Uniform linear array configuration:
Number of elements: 8
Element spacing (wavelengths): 0.5
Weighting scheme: uniform
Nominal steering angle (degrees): -30
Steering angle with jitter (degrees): -30.316
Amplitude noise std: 0.05
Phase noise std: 0.05

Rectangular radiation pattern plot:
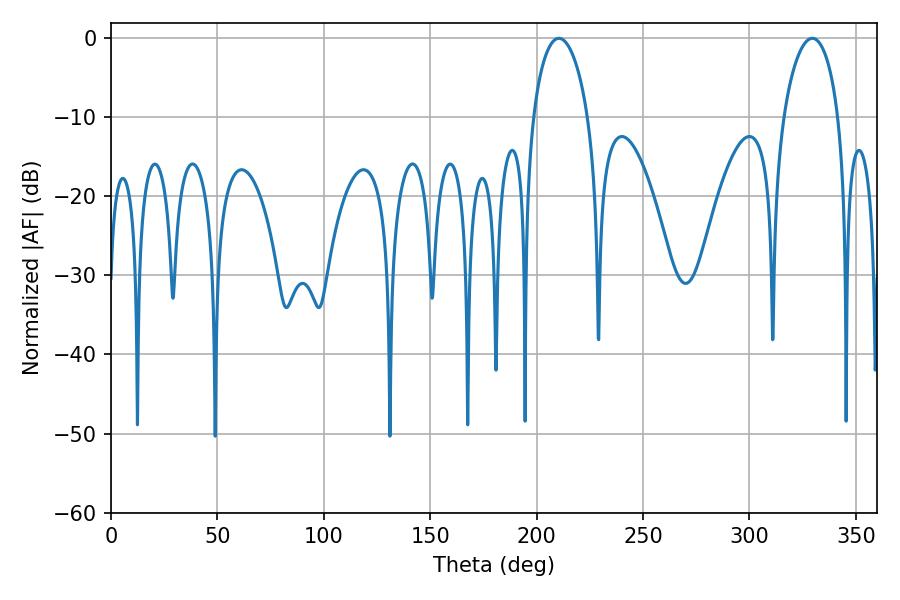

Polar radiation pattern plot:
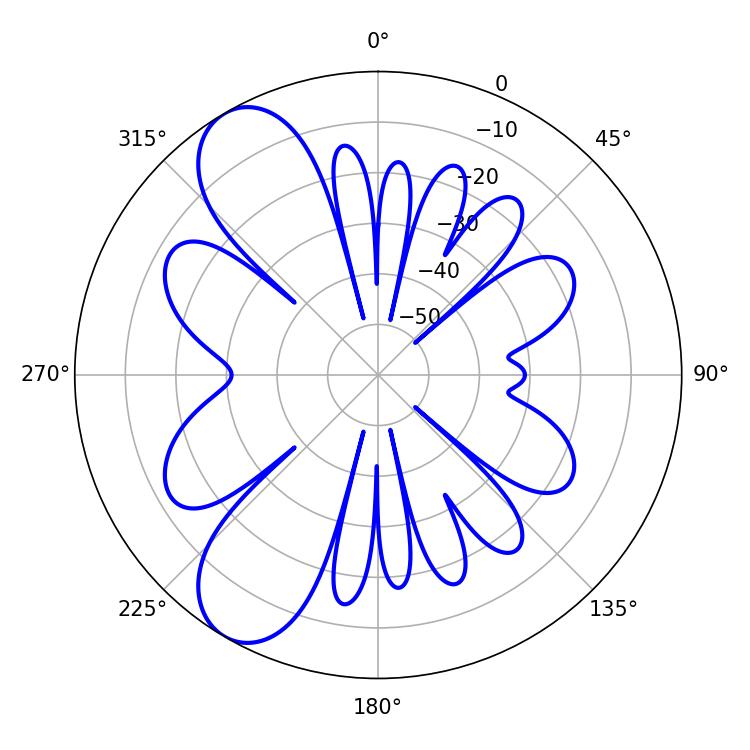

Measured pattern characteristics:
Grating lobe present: FALSE
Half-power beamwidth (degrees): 14.76
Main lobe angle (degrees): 210.42